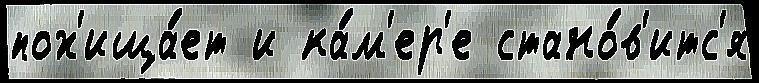
пох'ища́ет и ка́м'ер'е стано́в'итс'я